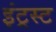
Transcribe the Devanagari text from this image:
इंट्रस्ट